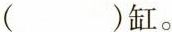
（ ）缸。